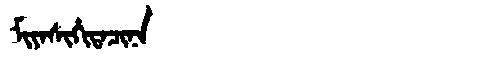
Manchu: ᠮᡳᠶᠠᠰᡳᡥᡳᡨᠠᠴᡳᠨᠠ
Romanization: MIYASIHITACINA